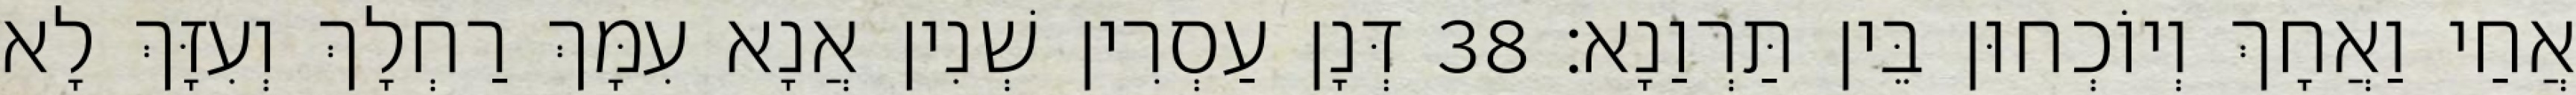
אֲחַי וַאֲחָךְ וְיוֹכְחוּן בֵּין תַּרְוַנָא׃ 38 דְּנָן עַסְרִין שְׁנִין אֲנָא עִמָּךְ רַחְלָךְ וְעִזָּךְ לָא